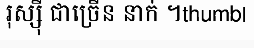
រុស្ស៊ី ជាច្រើន នាក់ ។thumb|